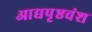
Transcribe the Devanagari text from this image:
आद्यपृष्ठवंश